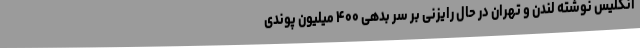
انگلیس نوشته لندن و تهران در حال رایزنی بر سر بدهی ۴۰۰ میلیون پوندی